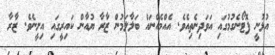
އުޅުނީ ފޮޓޯނެގުމުގައި އަަވަދިނެތިއެވެ. އެއްމެއްނައް ބަލާލަމުން ޒާރާ ޔުއާން ކައިރީގައި އިށީނެވެ. ޒާރާ